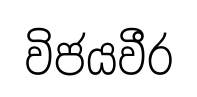
විජයවීර